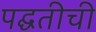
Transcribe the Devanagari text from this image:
पद्घतीची